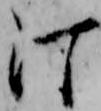
汀